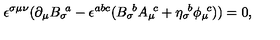
\epsilon ^ { \sigma \mu \nu } ( \partial _ { \mu } { B _ { \sigma } } \! ^ { a } - \epsilon ^ { a b c } ( { B _ { \sigma } } \! ^ { b } { A _ { \mu } } \! ^ { c } + { \eta _ { \sigma } } \! ^ { b } { \phi _ { \mu } } \! ^ { c } ) ) = 0 ,